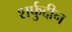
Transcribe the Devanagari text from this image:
शर्फुद्दीन